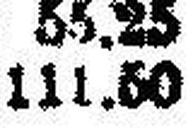
111.50